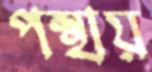
পন্থায়